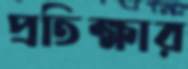
প্রতিক্ষার